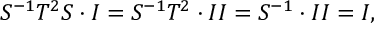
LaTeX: S ^ { - 1 } T ^ { 2 } S \cdot I = S ^ { - 1 } T ^ { 2 } \cdot I I = S ^ { - 1 } \cdot I I = I ,